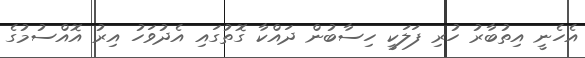
އެހެނީ އިތުބާރު ހުރި ފަލަކީ ހިސާބުން ދައްކާ ގޮތުގައި އެދުވަހު އިރު އޮއްސުމުގެ